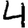
Digit: 4